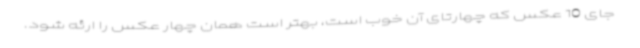
جای 10 عکس که چهارتای آن خوب است، بهتر است همان چهار عکس را ارئه شود.